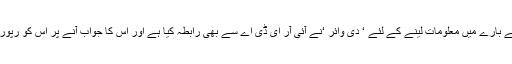
قرض دینے کی پالیسی کے بارے میں معلومات لینے کے لئے ‘ دی وائر ‘نے آئی آر ای ڈی اے سے بھی رابطہ کیا ہے اور اس کا جواب آنے پر اس کو رپورٹ میں شامل کیا جائے‌گا۔